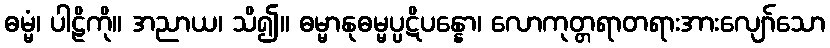
ဓမ္မံ၊ ပါဠိကို။ အညာယ၊ သိ၍။ ဓမ္မာနုဓမ္မပ္ပဋိပန္နော၊ လောကုတ္တရာတရားအားလျော်သော